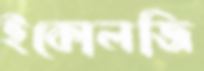
ইকোলজি